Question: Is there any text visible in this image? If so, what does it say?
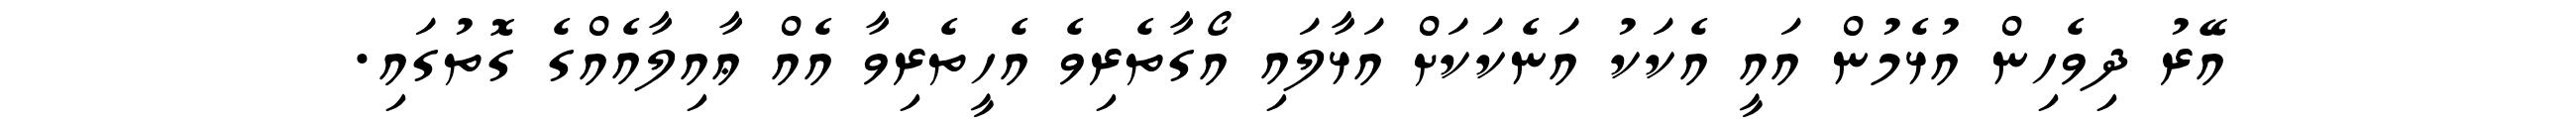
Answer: އޭރު ދިވެހިން އުޅެމުން އައީ އެކަކު އަނެކަކަށް އަޅާލައި އޯގާތެރިވެ އެހީތެރިވާ އެއް ޢާއިލާއެއްގެ ގޮތުގައި.